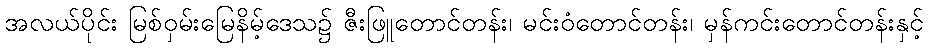
အလယ်ပိုင်း မြစ်ဝှမ်းမြေနိမ့်ဒေသ၌ ဇီးဖြူတောင်တန်း၊ မင်းဝံတောင်တန်း၊ မှန်ကင်းတောင်တန်းနှင့်